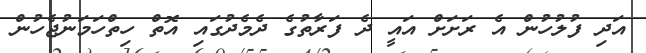
އަދި ފުލުހުން އެ ރަށަށް އައީ ދެ ފަރާތުގެ ދެމެދުގައި އޮތް ހިތްހަމަނުޖެހުން